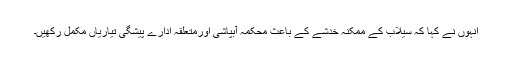
انہوں نے کہا کہ سیلاب کے ممکنہ خدشے کے باعث محکمہ آبپاشی اورمتعلقہ ادارے پیشگی تیاریاں مکمل رکھیں۔